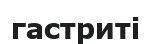
гастриті